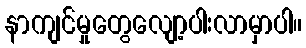
နာကျင်မှုတွေလျော့ပါးလာမှာပါ။